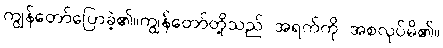
ကျွန်တော်ပြောခဲ့၏။ကျွန်တော်တို့သည် အရက်ကို အစလုပ်မိ၏။